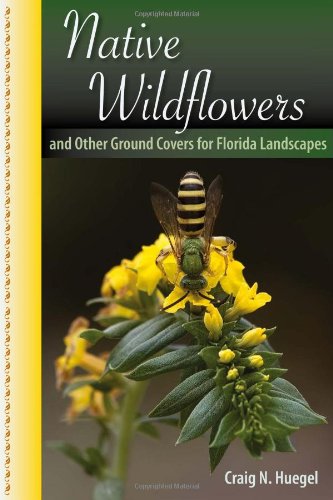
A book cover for Native Wildflowers and Other Ground Covers for Florida Landscapes; Craig N. Huegel; Crafts, Hobbies & Home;